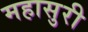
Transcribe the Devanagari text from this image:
महासुरी